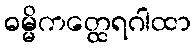
ဓမ္မိကတ္ထေရဂါထာ